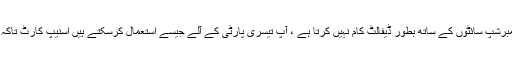
اگرچہ یہ WooCommerce یا ممبرشپ سائٹوں کے ساتھ بطور ڈیفالٹ کام نہیں کرتا ہے ، آپ تیسری پارٹی کے آلے جیسے استعمال کرسکتے ہیں اسنیپ کارٹ تاکہ اس طرح کی سائٹس میں بھی کام ہو۔